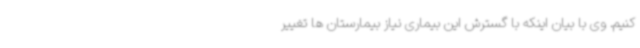
کنیم. وی با بیان اینکه با گسترش این بیماری نیاز بیمارستان ها تغییر